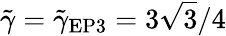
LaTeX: \tilde{\gamma}=\tilde{\gamma}_{\mathrm{EP3}}=3\sqrt{3}/4